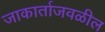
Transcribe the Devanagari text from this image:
जाकार्ताजवळील